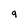
Character: 9